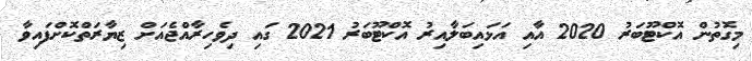
މިގޮތުން އޮކްޓޫބަރު 2020 އާއި އަޅައިބަލާއިރު އޮކްޓޫބަރު 2021 ގައި ދިވެހިރާއްޖެއަށް ޒިޔާރަތްކޮށްފައިވާ